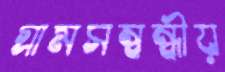
গ্রামসম্বন্ধীয়